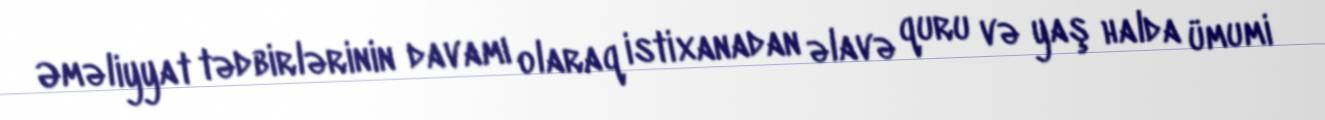
Əməliyyat tədbirlərinin davamı olaraq istixanadan əlavə quru və yaş halda ümumi